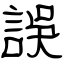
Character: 誤